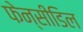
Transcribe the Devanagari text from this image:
फेन्सीडिल